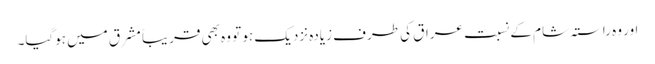
اور وہ راستہ شام کے نسبت عراق کی طرف زیادہ نزدیک ہو تو وہ بھی قریباً مشرق میں ہوگیا۔